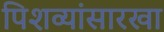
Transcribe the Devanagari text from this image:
पिशव्यांसारखा